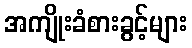
အကျိုးခံစားခွင့်များ